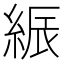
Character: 𦁟